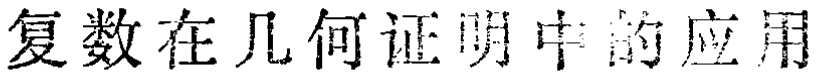
复数在几何证明中的应用